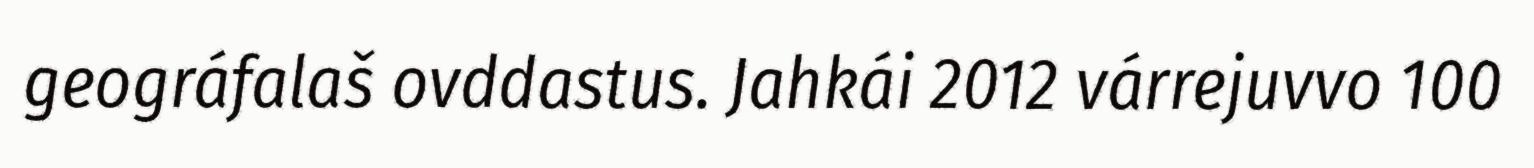
geográfalaš ovddastus. Jahkái 2012 várrejuvvo 100